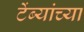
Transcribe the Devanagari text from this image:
टेंब्यांच्या